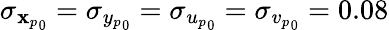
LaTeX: \sigma_{{\mathbf{x}_{p}}_{0}}=\sigma_{{y_{p}}_{0}}=\sigma_{{u_{p}}_{0}}=\sigma_{{v_{p}}_{0}}=0.08